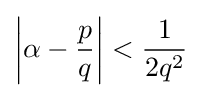
\left|\alpha -{\frac {p}{q}}\right|<{\frac {1}{2q^{2}}}